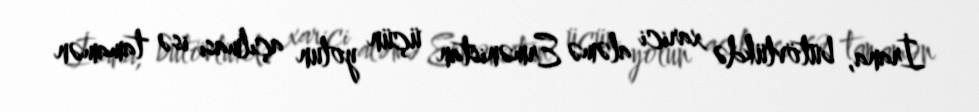
İrana, bütövlükdə xarici aləmə Ermənistan üçün yolun açılması isə tamamən